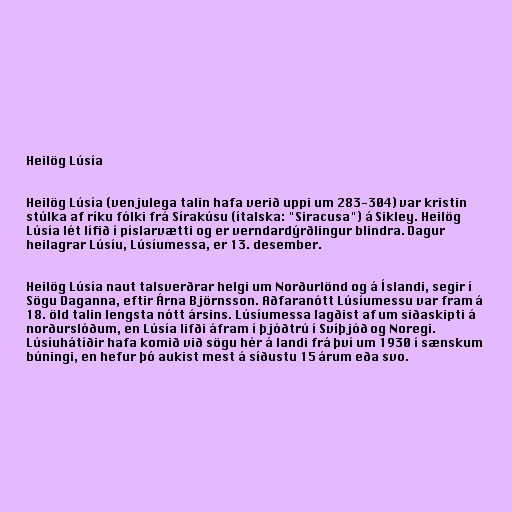
Heilög Lúsía

Heilög Lúsía (venjulega talin hafa verið uppi um 283-304) var kristin
stúlka af ríku fólki frá Sírakúsu (ítalska: "Siracusa") á Sikley. Heilög
Lúsía lét lífið í píslarvætti og er verndardýrðlingur blindra. Dagur
heilagrar Lúsíu, Lúsíumessa, er 13. desember.

Heilög Lúsía naut talsverðrar helgi um Norðurlönd og á Íslandi, segir í
Sögu Daganna, eftir Árna Björnsson. Aðfaranótt Lúsíumessu var fram á
18. öld talin lengsta nótt ársins. Lúsíumessa lagðist af um siðaskipti á
norðurslóðum, en Lúsía lifði áfram í þjóðtrú í Svíþjóð og Noregi.
Lúsíuhátíðir hafa komið við sögu hér á landi frá því um 1930 í sænskum
búningi, en hefur þó aukist mest á síðustu 15 árum eða svo.